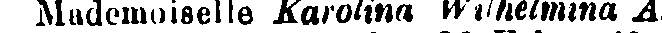
Mudemoiselle Karolina Wilhelmina A